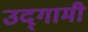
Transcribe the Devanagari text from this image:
उद्‌गामी